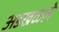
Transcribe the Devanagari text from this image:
अडखळले